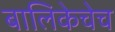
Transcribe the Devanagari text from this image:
बालिकेचेच